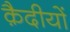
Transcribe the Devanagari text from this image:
क़ैदीयों